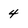
Character: 4